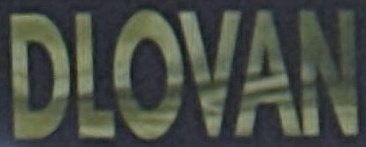
DLOVAN